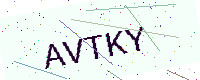
Text: AVTKY